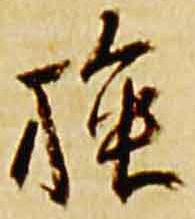
強